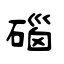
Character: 碯